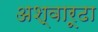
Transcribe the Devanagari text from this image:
अश्वारूढा